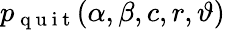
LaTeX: p_{\mathrm{~q~u~i~t~}}(\alpha,\beta,c,r,\vartheta)